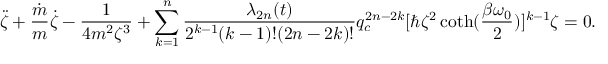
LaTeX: \ddot { \zeta } + \frac { \dot { m } } { m } \dot { \zeta } - \frac { 1 } { 4 m ^ { 2 } \zeta ^ { 3 } } + \sum _ { k = 1 } ^ { n } \frac { \lambda _ { 2 n } ( t ) } { 2 ^ { k - 1 } ( k - 1 ) ! ( 2 n - 2 k ) ! } q _ { c } ^ { 2 n - 2 k } [ \hbar \zeta ^ { 2 } \coth ( \frac { \beta \omega _ { 0 } } { 2 } ) ] ^ { k - 1 } \zeta = 0 .